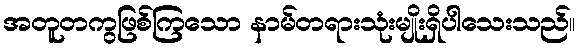
အတူတကွဖြစ်ကြသော နာမ်တရားသုံးမျိုးရှိပါသေးသည်။